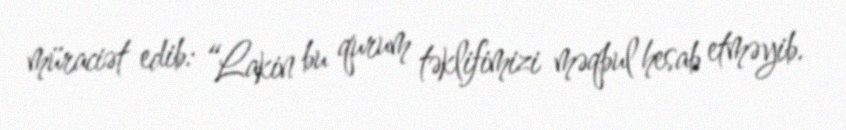
müraciət edib: “Lakin bu qurum təklifimizi məqbul hesab etməyib.